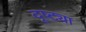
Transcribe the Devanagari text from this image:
दूष्ट्या